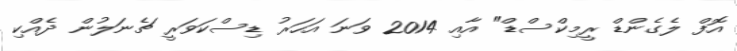
އޮފް ލެގެންޑް ރީމިކްސްޑް" އާއި 2014 ވަނަ އަހަރު ޑިސްކަވަރީ ޗެނަލުން ދެއްކި